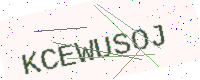
Text: KCEWUSOJ